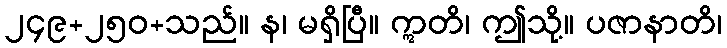
၂၄၉+၂၅၀+သည်။ န၊ မရှိပြီ။ ဣတိ၊ ဤသို့။ ပဇာနာတိ၊